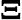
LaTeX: \boldsymbol{\Xi}